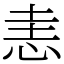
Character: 恚